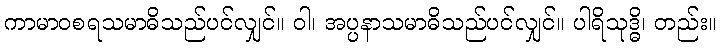
ကာမာဝစရသမာဓိသည်ပင်လျှင်။ ဝါ၊ အပ္ပနာသမာဓိသည်ပင်လျှင်။ ပါရိသုဒ္ဓိ၊ တည်း။